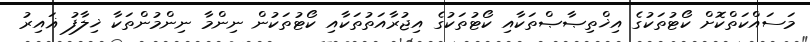
މަސައްކަތްކޮށް ކޯޓުތަކުގެ އިޚްތިޞާޞްތަކާއި ކޯޓުތަކުގެ އިޖުރާއަތުތަކާއި ކޯޓުތަކުން ނިންމާ ނިންމުންތަކާ ޚިލާފު ޣައިރު